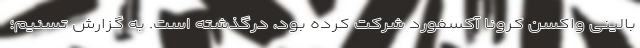
بالینی واکسن کرونا آکسفورد شرکت کرده بود، درگذشته است. به گزارش تسنیم؛